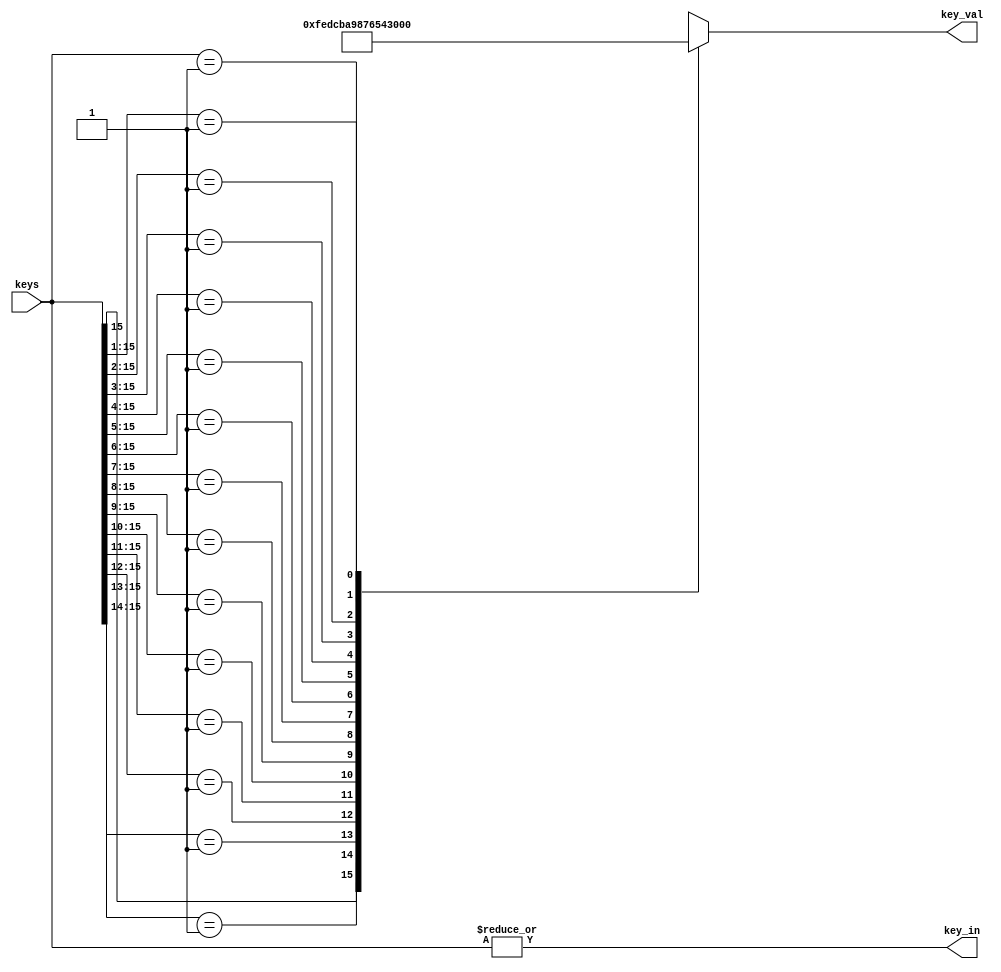
// @file keyenc.v
// @brief 
// @author Yusuke Matsunaga ( )
//
// Copyright (C) 2019 Yusuke Matsunaga
// All rights reserved.
//
// []
// 16
//
// []
// keys: 
// key_in: 1
// key_val: (0 - 15)
module keyenc(input [15:0] keys,
	      output 	   key_in,
	      output [3:0] key_val);
function [3:0] encoder (input [15:0] k); 
begin
    casex(k)
    16'b1xxx_xxxx_xxxx_xxxx: encoder=4'hf;
    16'b01xx_xxxx_xxxx_xxxx: encoder=4'he;
    16'b001x_xxxx_xxxx_xxxx: encoder=4'hd;		
    16'b0001_xxxx_xxxx_xxxx: encoder=4'hc;
    16'b0000_1xxx_xxxx_xxxx: encoder=4'hb;
    16'b0000_01xx_xxxx_xxxx: encoder=4'ha;
    16'b0000_001x_xxxx_xxxx: encoder=4'h9;
    16'b0000_0001_xxxx_xxxx: encoder=4'h8;
    16'b0000_0000_1xxx_xxxx: encoder=4'h7;
    16'b0000_0000_01xx_xxxx: encoder=4'h6;
    16'b0000_0000_001x_xxxx: encoder=4'h5;
    16'b0000_0000_0001_xxxx: encoder=4'h4;
    16'b0000_0000_0000_1xxx: encoder=4'h3;
    16'b0000_0000_0000_01xx: encoder=4'h2;
    16'b0000_0000_0000_001x: encoder=4'h1;
    16'b0000_0000_0000_0001: encoder=4'h0;
    default:                 encoder=4'hx;
    endcase
end
endfunction
assign key_in= |(keys);
assign key_val=encoder(keys);

endmodule // keyenc